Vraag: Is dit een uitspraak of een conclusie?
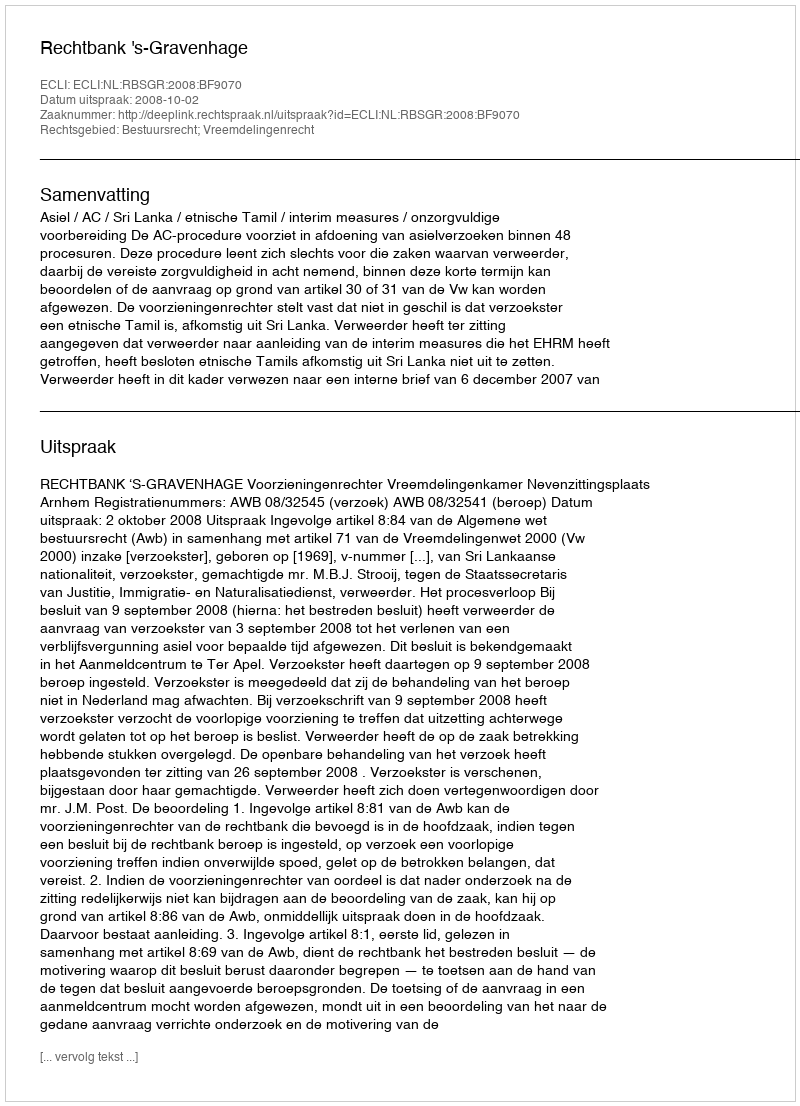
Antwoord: Uitspraak